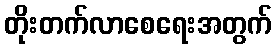
တိုးတက်လာစေရေးအတွက်